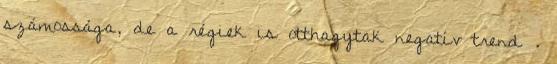
számossága, de a régiek is otthagytak negatív trend .